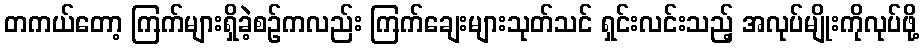
တကယ်တော့ ကြက်များရှိခဲ့စဉ်ကလည်း ကြက်ချေးများသုတ်သင် ရှင်းလင်းသည့် အလုပ်မျိုးကိုလုပ်ဖို့